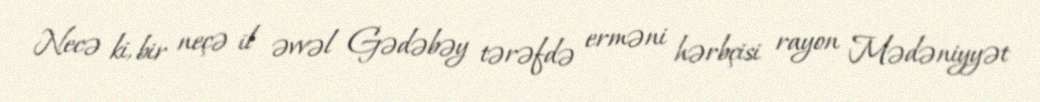
Necə ki, bir neçə il əvvəl Gədəbəy tərəfdə erməni hərbçisi rayon Mədəniyyət